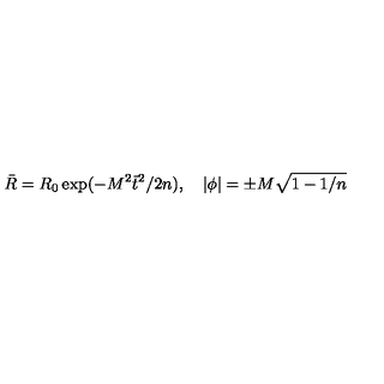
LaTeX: \bar { R } = R _ { 0 } \exp ( - M ^ { 2 } \bar { t } ^ { 2 } / 2 n ) , \quad \left| \phi \right| = \pm M \sqrt { 1 - 1 / n }